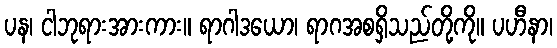
ပန၊ ငါဘုရားအားကား။ ရာဂါဒယော၊ ရာဂအစရှိသည်တို့ကို။ ပဟီနာ၊